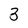
Character: 3